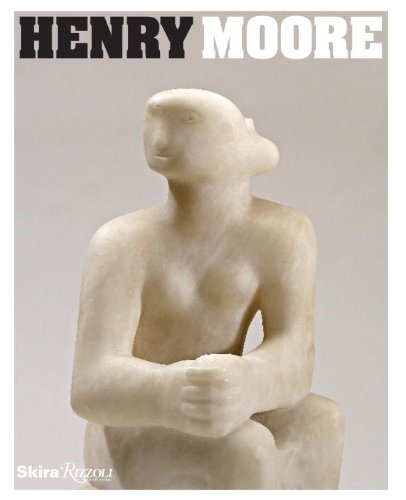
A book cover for Henry Moore; Arts & Photography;